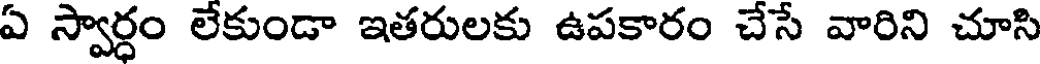
ఏ స్వార్ధం లేకుండా ఇతరులకు ఉపకారం చేసే వారిని చూసి